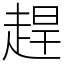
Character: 趕